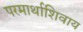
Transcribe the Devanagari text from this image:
परमार्थाशिवाय